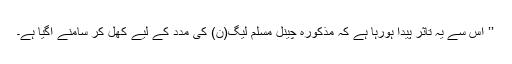
’’ اس سے یہ تاثر پیدا ہورہا ہے کہ مذکورہ چینل مسلم لیگ(ن) کی مدد کے لیے کھل کر سامنے آگیا ہے۔